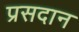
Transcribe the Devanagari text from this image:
प्रसदान